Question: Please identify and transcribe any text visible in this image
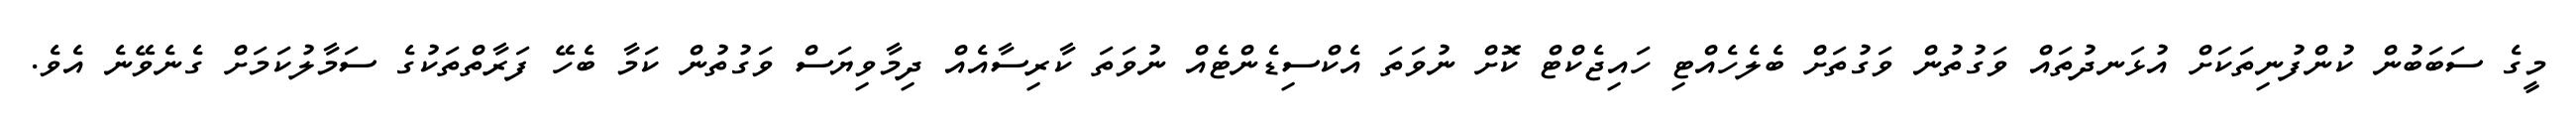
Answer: މީގެ ސަބަބުން ކުންފުނިތަކަށް އުޅަނދުތައް ވަގުތުން ވަގުތަށް ބެލެހެއްޓި ހައިޖެކްޓް ކޮށް ނުވަތަ އެކްސިޑެންޓެއް ނުވަތަ ކާރިސާއެއް ދިމާވިޔަސް ވަގުތުން ކަމާ ބެހޭ ފަރާތްތަކުގެ ސަމާލުކަމަށް ގެނެވޭނެ އެވެ.